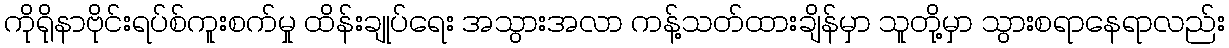
ကိုရိုနာဗိုင်းရပ်စ်ကူးစက်မှု ထိန်းချုပ်ရေး အသွားအလာ ကန့်သတ်ထားချိန်မှာ သူတို့မှာ သွားစရာနေရာလည်း